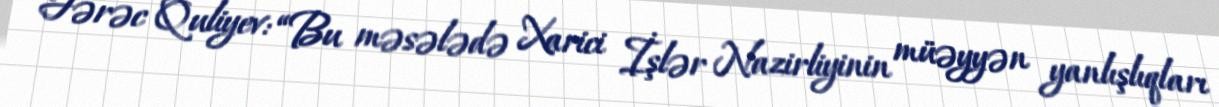
Fərəc Quliyev: “Bu məsələdə Xarici İşlər Nazirliyinin müəyyən yanlışlıqları